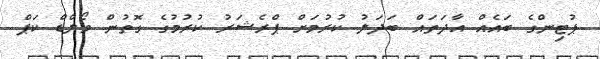
ޕުޓިންގެ ބައެއް އާދަތައް ބަދަލު ކުރުމަށް ޕްރެޝަރު ކުރުމުގެ ގޮތުން ވޯލްޑް ކަޕް